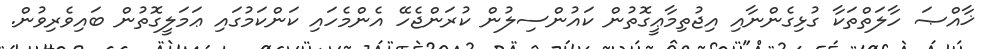
ޚާއްޞަ ހާލަތްތަކާ ގުޅިގެންނާއި އިޖުތިމާޢީގޮތުން ކައުންސިލުން ކުރަންޖެހޭ އެންމެހައި ކަންކަމުގައި ޢަމަލީގޮތުން ބައިވެރިވުން.